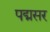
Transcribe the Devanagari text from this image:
पद्मसर